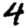
Digit: 4